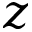
z